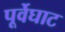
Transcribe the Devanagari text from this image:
पूर्वेघाट